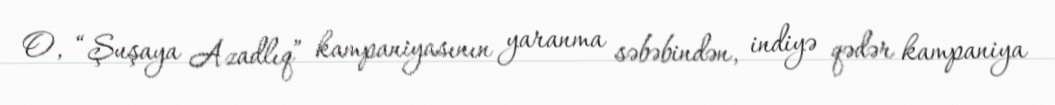
O, “Şuşaya Azadlıq” kampaniyasının yaranma səbəbindən, indiyə qədər kampaniya